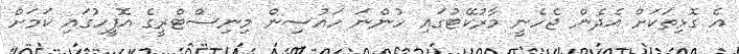
އެ ގޮޅިތަކަށް އެދެން ޖެހެނީ މާރުކޭޓުގައި ހުންނަ ހައުސިން މިނިސްޓްރީގެ އޮފީހުގައި ކަމަށް